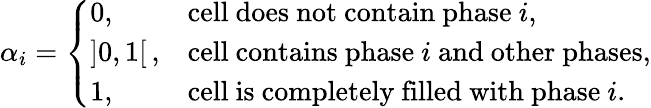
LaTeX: \alpha_{i}=\left\{ \begin{array}{ll}{0,}&{\mathrm{cell~does~not~contain~phase~}i,}\\ {]0,1[\, ,}&{\mathrm{cell~contains~phase~}i\mathrm{~and~other~phases},}\\ {1,}&{\mathrm{cell~is~completely~filled~with~phase~}i.}\end{array}\right.